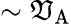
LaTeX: \sim{\mathfrak{V}_{\mathrm{{A}}}}